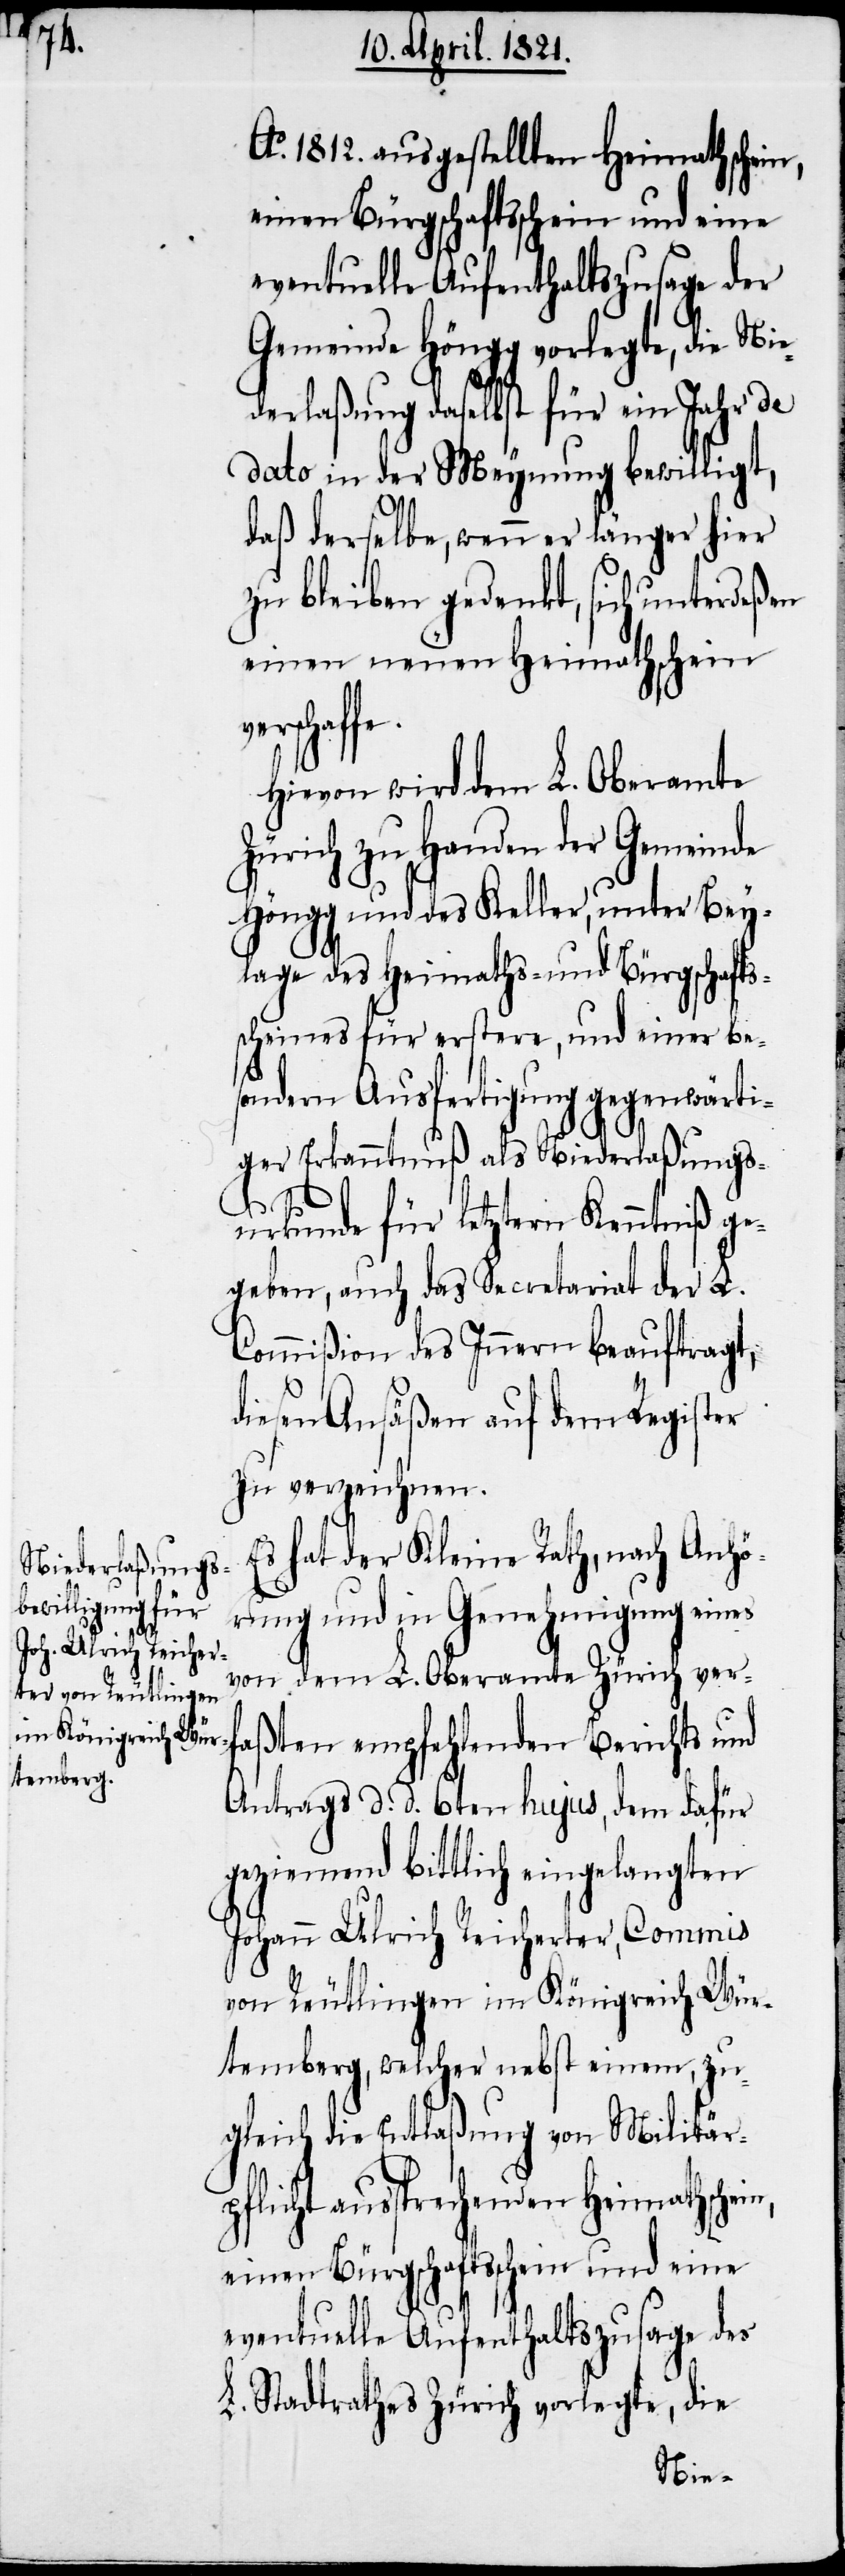
Ao. 1812. ausgestellten Heimathschein,
einen Bürgschaftsschein und eine
eventuelle Aufenthaltszusage der
Gemeinde Höngg vorlegte, die Nie¬
derlaßung daselbst für ein Jahr de
dato in der Meynung bewilligt,
daß derselbe, wenn er länger hier
zu bleiben gedenkt, sich unterdeßen
einen neuen Heimathschein
Hievon wird dem L. Oberamte
Zürich zu Handen der Gemeinde
Höngg und des Keller, unter Bey¬
lage des Heimaths- und Bürgschafts¬
scheins für erstere, und einer be¬
sondern Ausfertigung gegenwärti¬
ger Erkanntnuß als Niederlaßungs¬
in,
urkunde für letztern Kenntniß ge¬
geben, auch das Secretariat der L.
Commißion des Innern beauftragt,
diesen Ansäßen auf dem Register
zu verzeichnen.
Es hat der Kleine Rath, nach Anhö¬
rung und in Genehmigung eines
von dem L. Oberamte Zürich verf¬
aßten empfehlenden Berichts und
Antrages d. d. 6ten hujus, dem dafür
geziemend bittlich eingelangten
Johann Ulrich Reicherter, Commis
von Reutlingen im Königreich Wür¬
temberg, welcher nebst einem, zu¬
gleich die Entlaßung von Militär¬
pflicht aussprechenden Heimathsche¬
eventuelle Aufenthaltszusage des
L. Stadtrathes Zürich vorlegte, die